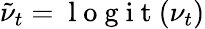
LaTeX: \tilde{\nu}_{t}=\mathrm{~l~o~g~i~t~}(\nu_{t})